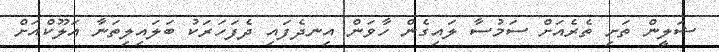
ޝަލީން ތަށި ތެރެއަށް ސަމުސާ ލައިގެން ހާވަން އިނދެފައި ދެފަހަރަކު ބަލައިލިތަނާ އަލޫކްއަށް